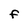
Character: F